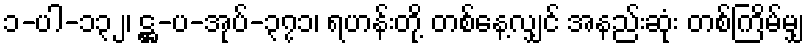
၁-ပါ-၁၃၂၊ ဋ္ဌ-ပ-အုပ်-၃၇၁၊ ရဟန်းတို့ တစ်နေ့လျှင် အနည်းဆုံး တစ်ကြိမ်မျှ